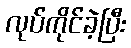
လုပ်ကိုင်ခဲ့ပြီး